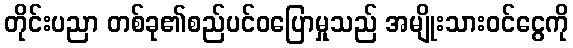
တိုင်းပညာ တစ်ခု၏စည်ပင်ဝပြောမှုသည် အမျိုးသားဝင်ငွေကို